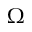
\Omega